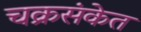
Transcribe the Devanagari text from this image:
चक्रसंकेत